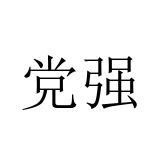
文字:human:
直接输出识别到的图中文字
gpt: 党强